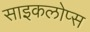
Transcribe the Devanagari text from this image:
साइकलोप्स